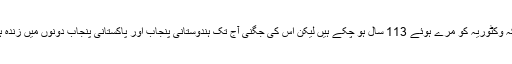
ملکہ وکٹوریہ کو مرے ہوئے 113 سال ہو چکے ہیں لیکن اس کی جگنی آج تک ہندوستانی پنجاب اور پاکستانی پنجاب دونوں میں زندہ ہے۔